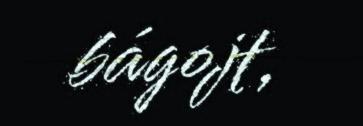
bágojt,